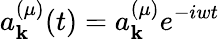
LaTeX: a_{\mathbf{k}}^{(\mu)}(t)=a_{\mathbf{k}}^{(\mu)}{{e}^{-iwt}}